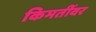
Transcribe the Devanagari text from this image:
किमतींवर